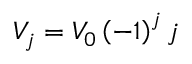
V _ { j } = V _ { 0 } \left( - 1 \right) ^ { j } j